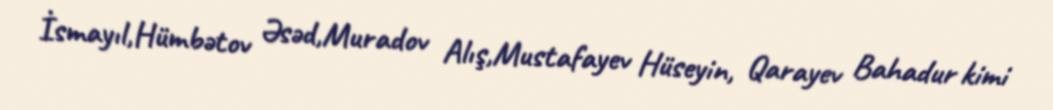
İsmayıl,Hümbətov Əsəd,Muradov Alış,Mustafayev Hüseyin, Qarayev Bahadur kimi